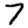
Digit: 7